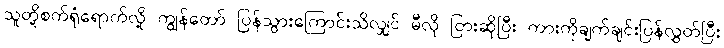
သူတို့စက်ရုံရောက်လို့ ကျွန်တော် ပြန်သွားကြောင်းသိလျှင် မီလို ငြားဆိုပြီး ကားကိုချက်ချင်းပြန်လွှတ်ပြီး